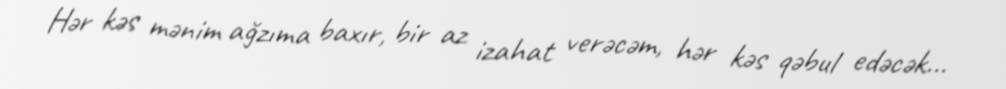
Hər kəs mənim ağzıma baxır, bir az izahat verəcəm, hər kəs qəbul edəcək...